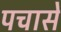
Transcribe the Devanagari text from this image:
पचासे